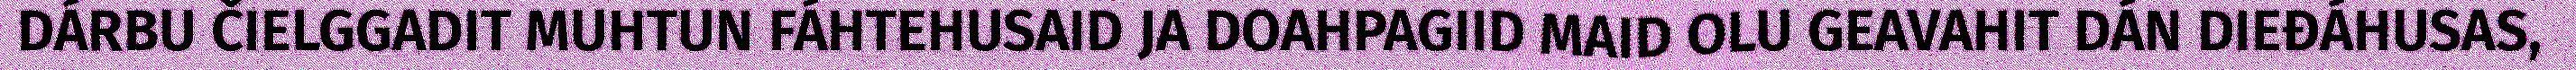
DÁRBU ČIELGGADIT MUHTUN FÁHTEHUSAID JA DOAHPAGIID MAID OLU GEAVAHIT DÁN DIEĐÁHUSAS,